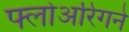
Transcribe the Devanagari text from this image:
फ्लोअरिंगने